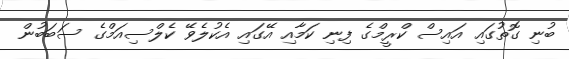
ބުނި ގޮތުގައި އައިސް ކްރީމްގެ ފިނި ކަމާއި އޭގައި އެކުލެވޭ ކެލްސިއަމްގެ ސަބަބުން